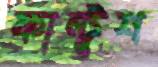
ফান্টুশ